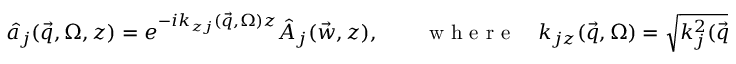
\hat { a } _ { j } ( \vec { q } , \Omega , z ) = e ^ { - i k _ { z j } ( \vec { q } , \Omega ) z } \hat { A } _ { j } ( \vec { w } , z ) , \qquad \mathrm { ~ w ~ h ~ e ~ r ~ e ~ } \quad k _ { j z } ( \vec { q } , \Omega ) = \sqrt { k _ { j } ^ { 2 } ( \vec { q } , \Omega ) - q ^ { 2 } } \, ,